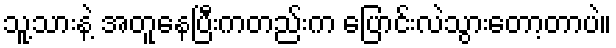
သူ့သားနဲ့ အတူနေပြီးကတည်းက ပြောင်းလဲသွားတော့တာပဲ။